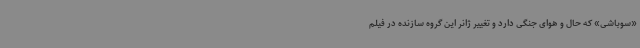
«سوباشی» که حال و هوای جنگی دارد و تغییر ژانر این گروه سازنده در فیلم